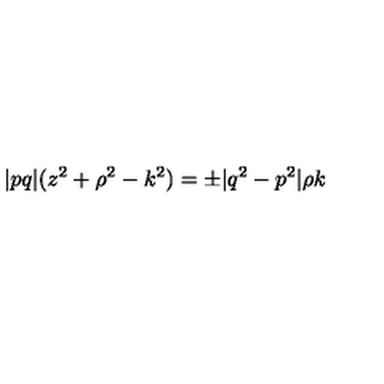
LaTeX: \vert p q \vert ( z ^ { 2 } + \rho ^ { 2 } - k ^ { 2 } ) = \pm \vert q ^ { 2 } - p ^ { 2 } \vert \rho k